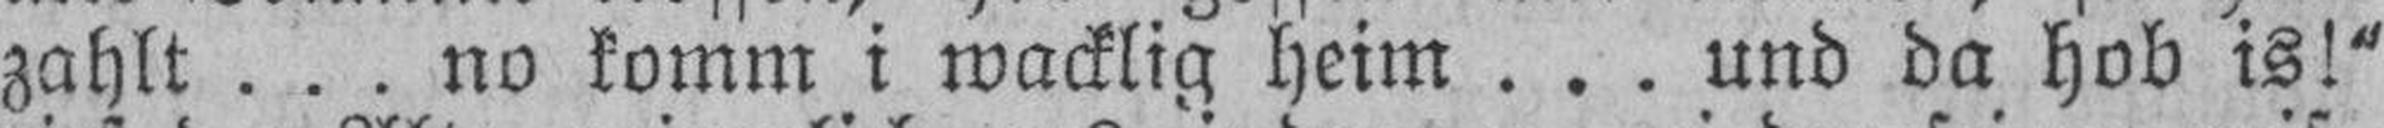
zahlt . . . no komm i wacklig heim . . . und da hob is!“